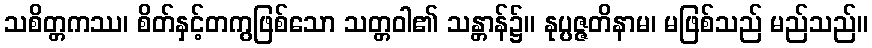
သစိတ္တကဿ၊ စိတ်နှင့်တကွဖြစ်သော သတ္တဝါ၏ သန္တာန်၌။ နုပ္ပဇ္ဇတိနာမ၊ မဖြစ်သည် မည်သည်။